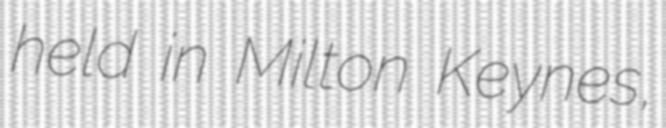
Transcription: held in Milton Keynes,